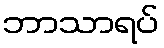
ဘာသာရပ်